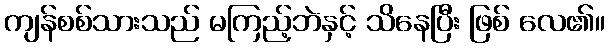
ကျန်စစ်သားသည် မကြည့်ဘဲနှင့် သိနေပြီး ဖြစ် လေ၏။